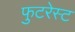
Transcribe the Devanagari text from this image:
फुटरेस्ट